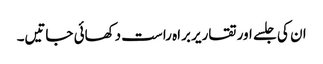
ان کی جلسے اور تقاریر براہ راست دکھائی جاتیں۔